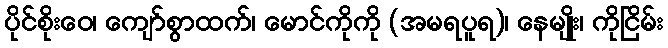
ပိုင်စိုးဝေ၊ ကျော်စွာထက်၊ မောင်ကိုကို (အမရပူရ)၊ နေမျိုး၊ ကိုငြိမ်း